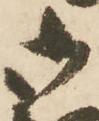
御